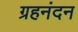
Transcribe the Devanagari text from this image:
ग्रहनंदन